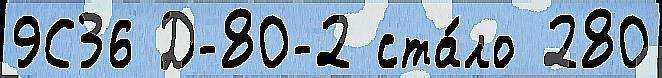
9С36 Д-80-2 ста́ло 280